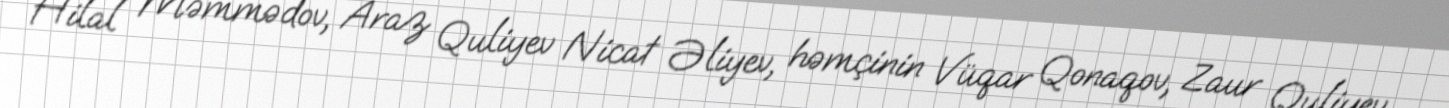
Hilal Məmmədov, Araz Quliyev Nicat Əliyev, həmçinin Vüqar Qonaqov, Zaur Quliyev.